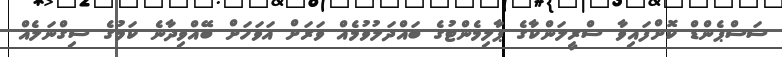
ސަސްޕެންޑް ކޮށްފައިވާ ސްރީލަންކާގެ ޕާލިމެންޓުގެ ބައްދަލުވުމެއް ވަރަށް އަވަހަށް ބޭއްވިދާނެ ކަމުގެ ސިގްނަލެއް